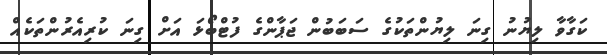
ކަގާވާ ލިޔުނު ގިނަ ލިޔުންތަކުގެ ސަބަބުން ޖަޕާންގެ ފުޓްބޯޅަ އަށް ގިނަ ކުރިއެރުންތަކެއް